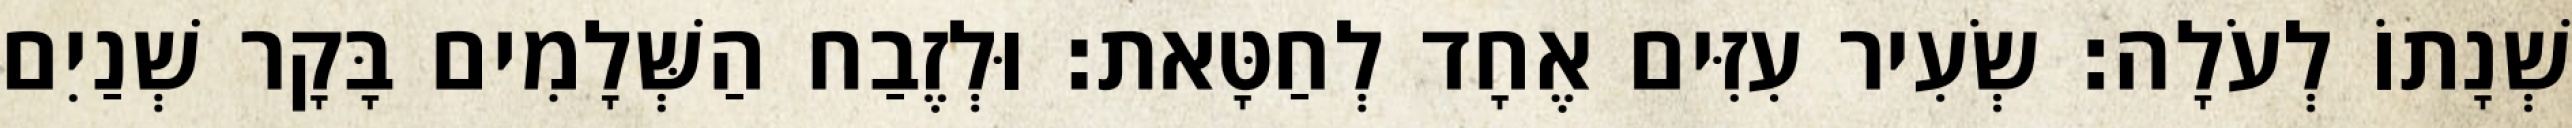
שְׁנָתוֹ לְעֹלָה׃ שְׂעִיר עִזִּים אֶחָד לְחַטָּאת׃ וּלְזֶבַח הַשְּׁלָמִים בָּקָר שְׁנַיִם